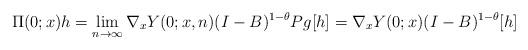
LaTeX: \begin{align*} \Pi(0;x)h = \lim_{n\to \infty} \nabla_x Y(0;x,n)(I-B)^{1-\theta}Pg[h] = \nabla_x Y(0;x)(I-B)^{1-\theta}[h] \end{align*}